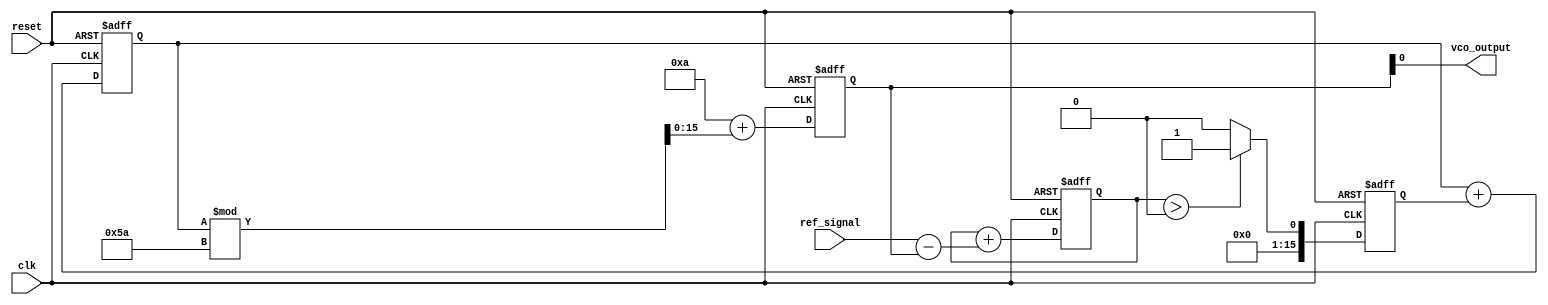
module sigma_delta_pll (
    input wire clk,               // System clock
    input wire reset,             // Reset signal
    input wire ref_signal,        // Reference frequency input
    output wire vco_output        // VCO output frequency
);

    // Parameters
    parameter SD_ORDER = 1;       // Sigma-Delta modulator order
    parameter VCO_MAX_FREQ = 100; // Maximum VCO frequency
    parameter VCO_MIN_FREQ = 10;  // Minimum VCO frequency

    // Internal signals
    reg [15:0] phase_error;       // Phase error signal
    reg [15:0] control_voltage;    // Control voltage for VCO
    reg [15:0] vco_frequency;      // Current VCO frequency
    reg [15:0] sigma_delta_out;    // Output of sigma-delta modulator

    // Sigma-Delta Modulator
    always @(posedge clk or posedge reset) begin
        if (reset) begin
            sigma_delta_out <= 0;
            phase_error <= 0;
        end else begin
            // Simple first-order sigma-delta modulator
            phase_error <= phase_error + (ref_signal - vco_frequency);
            if (phase_error > 0) begin
                sigma_delta_out <= 1; // Output 1 if phase error is positive
            end else begin
                sigma_delta_out <= 0; // Output 0 if phase error is negative
            end
        end
    end

    // Loop Filter (Simple Integrator)
    always @(posedge clk or posedge reset) begin
        if (reset) begin
            control_voltage <= 0;
        end else begin
            control_voltage <= control_voltage + sigma_delta_out; // Integrate the output
        end
    end

    // Voltage-Controlled Oscillator (VCO)
    always @(posedge clk or posedge reset) begin
        if (reset) begin
            vco_frequency <= VCO_MIN_FREQ; // Initialize VCO frequency
        end else begin
            // Control VCO frequency based on control voltage
            vco_frequency <= VCO_MIN_FREQ + (control_voltage % (VCO_MAX_FREQ - VCO_MIN_FREQ));
        end
    end

    // Output VCO frequency (for simulation purposes)
    assign vco_output = vco_frequency;

endmodule